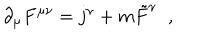
\partial _ { \mu } F ^ { \mu \nu } = j ^ { \nu } + m \tilde { F } ^ { \nu } \; \; ,